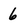
Character: 6